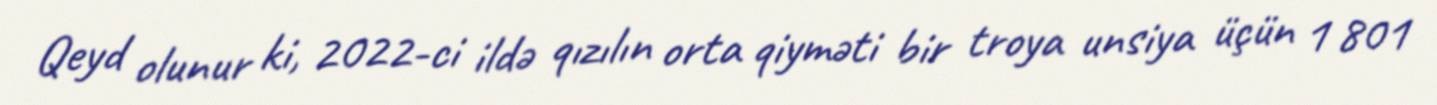
Qeyd olunur ki, 2022-ci ildə qızılın orta qiyməti bir troya unsiya üçün 1 801